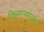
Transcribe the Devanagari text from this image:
किनाऱ्यावर७